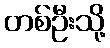
တစ်ဦးသို့